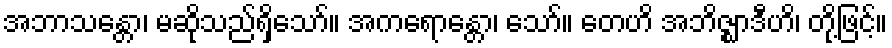
အဘာသန္တော၊ မဆိုသည်ရှိသော်။ အကရောန္တော၊ သော်။ တေဟိ အဘိဇ္ဈာဒီဟိ၊ တို့ဖြင့်။